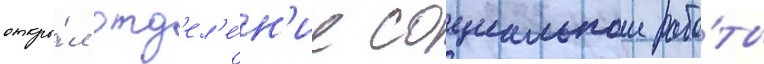
откры́л отд'ел'е́н'ие социальнои рабо́ты